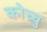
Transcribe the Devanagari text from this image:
कोच्चु